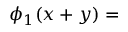
\phi _ { 1 } ( x + y ) =